Vaccination in Bombay 1863-1868 - 1863-1868
Year: 1863
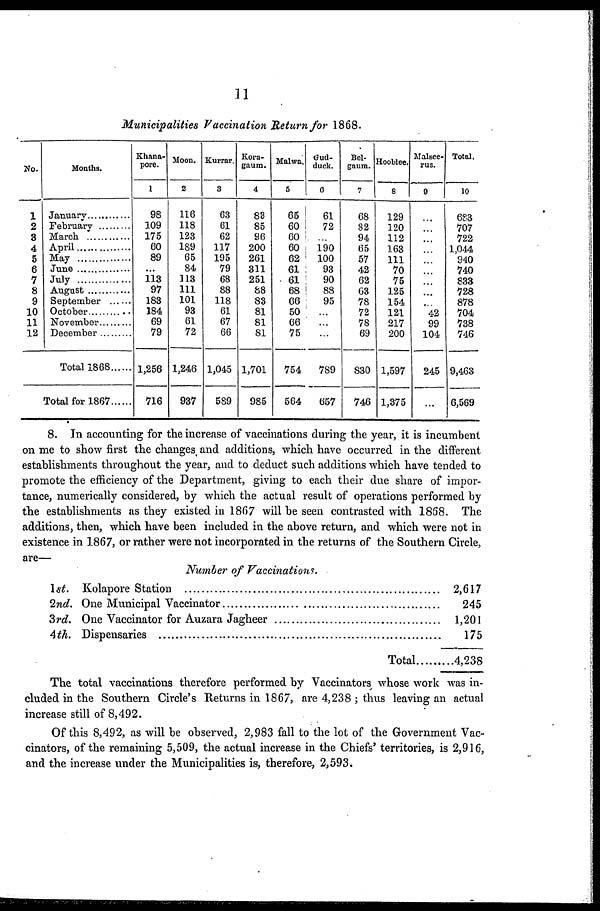
11
Municipalities Vaccination Return for 1868.
No.
1
2
3
4
5
6
7
8
9
10
11
12
Months.
January ............
February .........
March .........
April .........
May .........
June .........
July
August .........
September ......
October ............
November.........
December.........
Total 1868, ......
Total for 1867.......
Khana¬
pore.
1
98
109
175
60
89
...
113
97
183
184
69
79
1,256
716
Moon.
2
116
118
123
189
65
84
113
111
101
93
61
72
1,246
937
Kurrar.
3
63
61
62
117
195
79
68
88
118
61
67
66
1,045
589
Kora¬
gaum.
4
83
85
96
200
261
311
251
88
83
81
81
81
1,701
985
Malwa.
5
65
60
60
60
62
61
61
68
66
50
66
75
754
564
Gud¬
duck.
6
61
72
...
190
100
93
90
88
95
...
...
...
789
657
Bel¬
gaum.
7
68
82
94
65
57
42
62
63
78
72
78
69
830
746
Hooblee.
8
129
120
112
163
111
70
75
125
154
121
217
200
1,597
1,375
Malsee¬
rus.
9
...
...
...
...
...
...
...
...
...
42
99
104
245
...
Total.
10
683
707
722
1,044
940
740
833
728
878
704
738
746
9,463
6,569
8. In accounting for the increase of vaccinations during the year, it is incumbent
on me to show first the changes, and additions, which have occurred in the different
establishments throughout the year, and to deduct such additions which have tended to
promote the efficiency of the Department, giving to each their due share of impor-
tance, numerically considered, by which the actual result of operations performed by
the establishments as they existed in 1867 will be seen contrasted with 1858. The
additions, then, which have been included in the above return, and which were not in
existence in 1867, or rather were not incorporated in the returns of the Southern Circle,
are—
Number of
Vaccinations.
1st.
2nd.
3rd.
4th.
Kolapore Station .............................................
One Municipal Vaccinator .................................
One Vaccinator for Auzara Jagheer ...............
Dispensaries ...................................................
Total................
2,617
245
1,201
175
4,238
The total vaccinations therefore performed by Vaccinators whose work was in-
cluded in the Southern Circle's Returns in 1867, are 4,238 ; thus leaving an actual
increase still of 8,492.
Of this 8,492, as will be observed, 2,983 fall to the lot of the Government Vac¬
cinators, of the remaining 5,509, the actual increase in the Chiefs' territories, is 2,916,
and the increase under the Municipalities is, therefore, 2,593.